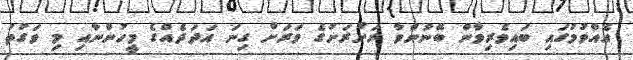
އެއްވުމުގައި ބައިވެރިވާން ބޭނުންވާ ރަށްރަށުގެ ވަރަށް ގިނަ އަދަދެއްގެ މީހުންނާއި މި ވަގުތު